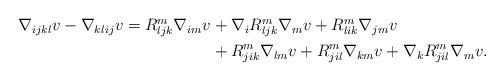
LaTeX: \begin{align*}\begin{aligned}\nabla_{ijkl} v - \nabla_{klij} v= R^m_{ljk} \nabla_{im} v & + \nabla_i R^m_{ljk} \nabla_m v + R^m_{lik} \nabla_{jm} v \\ & + R^m_{jik} \nabla_{lm} v + R^m_{jil} \nabla_{km} v + \nabla_k R^m_{jil} \nabla_m v.\end{aligned}\end{align*}